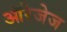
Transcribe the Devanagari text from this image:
ऑरेजेज